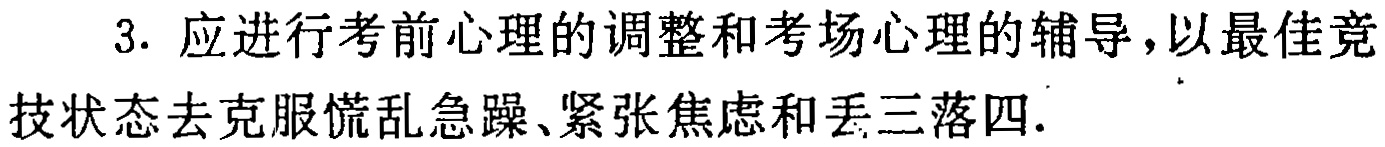
3. 应进行考前心理的调整和考场心理的辅导，以最佳竞技状态去克服慌乱急躁、紧张焦虑和丢三落四.